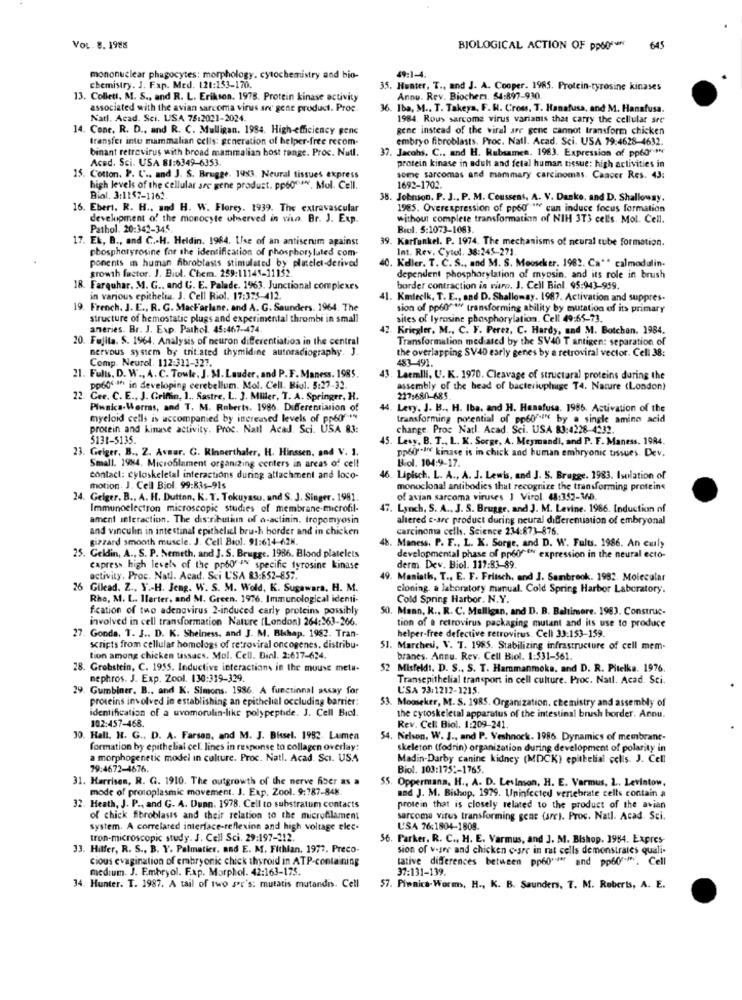
VOL. 8. 1988
BIOLOGICAL ACTION OF pp6064
645
mononuclear phagocytes: morphology. cytochemistry and bio-
49:1-4.
chemistry. J. Fap. Med. 121:153-170.
35. Hunter, T ., and J. A. Cooper. 1985. Protein-tyrosine kinases
13. Collett, M. S ., and R. L. Erikson. 1978. Protein kinase activity
Annu. Rev. Biochem. 54:897-930.
associated with the avian sarcoma virus arr gene product. Proc.
. Iba, M .. T. Takeya, F. H. Cross. T. Hanafusa, and M. Hanafusa.
Natl. Acad. Sci. USA 75:2021-2024.
1984. Rous sarcome virus variants that carry the cellular sre
14. Cone. R. D ., and R. C. Mulligan. 1984. High efficiency gene
gene instead of the viral are gene cannot transform chicken
transfer inte mammalian cells: generation of helper-free recom-
embryo fibroblasts. Proc. Natl. Acad. Sci. USA 79:4628-4632.
binant retrovirus with broad mammalian bost range. Proc. Nutl.
37. Jacohs. C ., and H. Rubsamen. 1963. Expression of pp60" **
Aced. Sci. USA 81:6349-6353.
protein kinase in adult and fetal human tissue: high activities in
15. Cotton. P. U .. and J. S. Brugge. 1983. Neural tissues express
some sarcomas and mammary carcinomas. Cancer Res. 43:
high levels of the cellular are gene product. pp60. Mol. Cell.
1692-1702.
Bial. 3:1157-1162.
38. Johnson, P. J ., P. M. Coussens. A. V. Danke, and D. Shalloway.
16. Ebert. R. H ., and H. W. Florey. 1939. The extravascular
1985. Overexpression of pp60"we can induce focus formation
development of the monocyte observed in vivo. Br. J. Exp.
without complete transformation of NIH 3T3 cell's. Mol. Cell.
Pathol. 20:342-345
Biol. 5:1073-1083.
17. Ek, B ., and C .. H. Heldin. 1984. Use of an antiserum against
39. Karfunkel. P. 1974. The mechanisms of neural tube formation.
Int. Rev. Cytol. 38:245-271
phosphoryrosine for the identification of phosphorylated com-
. Keler. T. C. S ., and M. S. Mooscker. 1982. Ca"" calmadalin-
ponents in human fibroblasts stimulated by platelet-derived
growth factor. J. Biol. Chem. 259:11145-11152.
dependent phosphorylation of myosin, and its role in brush
18. Farquhar. M. G ., and C. E. Palade. 1963. Junctional complexes
border contraction is riro. J. Cell Biol. 95:943-959.
in various epithelia. J. Cell Riol. 17:375-412.
41. Kmleelk, T. E ., and D. Shallomay. 1987. Activation and suppres.
19. French. J. E ., R. G. MacFarlane, and A. G. Saunders. 1964. The
sion of pp60"w transforming ability by mutation of its primary
structure of hemostatic plugs and experimental thrombi in small
sites of lyrosine phosphorylation. Cell 49:65-73.
aneries. Br. J. Exp. Pathol. 45:467-474
42. Kriegler, M ., C. F. Perez, C. Hardy, and M. Botchan. 1984.
20. Fujita. S. 1964. Analysis of neuron differentiation in the central
Transformation med ated by the SV40 T antigen: separation of
nervous system by tritiated thymidine autoradiography. J.
the overlapping SV40 early genes by a retroviral vector. Cell 38:
Comp. Neurol. 112:311-327.
483-491.
21. Fults. D. W ., A. C. Towle. J. M. Lauder, and P.F. Maness. 1985.
43. Laemlli. U. K. 1970. Cleavage of structural proteins during the
pp60'.If in developing cerebellum. Mol. Cell. Biol. 5:27-32.
assembly of the head of bacteriophage T4. Nature (London)
22. Cee. C. E ., J. Griffin, 1 .. Sastre, L. J. Miller, T. A. Springer, H.
227:680-685.
Piwnica-Worms, and T. M. Roberts. 1986. Differentiation of
44. Levy. J. B ., H. Iba, and H. Hanafusa. 1986. Activation of the
myeloid cells is accompanied by increased levels of pp60"
transforming potential of pp60""" by a single amino acid
protein and kinase activity. Proc. Natl Acad Sci. USA 83:
change. Proc Natl. Acad. Sci. USA 83:4228-4232.
5131-5135.
45. Lesy, B. T ., L. K. Sorge, A. Meymandi, and P. F. Maness. 1984.
23. Geiger, B ., 2. Avmar. G. Kinnerthaler, H. Hinssen, and V. 1.
pp6diff kinase is in chick and human embryonic tissues. Dev.
Biol. 104:9-17.
Small. 1984. Microblament organizing centers in areas of cell
contact: cyloskeletal interactions during attachment and loco-
. Lipisch. L. A ., A. J. Lewis, and J. S. Bragge. 1983. Isolation of
motion. J. Cell Biol. 99:835-91s
monoclonal antibodies that recognize the transforming proteins
24. Geiger. B ., A. H. Dutton, K. T. Tokuyasu, and S. J. Singer. 1981.
of avian sarcoma viruses 1 Virol. 48:352-360.
Immunoelectron microscopic studies of membrane microfil-
47. Lynch, S. A ., J. S. Brugge, and J. M. Levine. 1986. Induction of
ament interaction. The distribution of a-actinin. tropomyosin
altered e-are product during neural differentiation of embryonal
and vinculin in intestinal epithelil bruch border and in chicken
carcinoma cells. Science 234:873-876.
gizzard smooth muscle. J. Cell Biol. 91:614-62M.
48. Maness. P. F ., L. K. Sorge, and D. W. Fulus. 1986. An curly
25. Geldin, A ., S. P. Nemeth, and J. S. Brugge. 1986. Blood platelets
developmental phase of pp6goff expression in the neural ecto-
capress high levels of the pobo"-IN specific tyrosine kinase
derm. Dev. Biol. 117:83-89.
activity, Proc. Natl. Acad. Sci USA 83:652-857.
49. Maniath, T ., E. F. Fritsch, and J. Sambrook. 1982. Molecular
26 Gilead. Z ., Y .- H. Jeng. W. S. M. Wold, K. Sugawara. H. M.
cloning. a laboratory manual. Cold Spring Harbor Laboratory.
Rho, M. L. Ifarter, and M. Green. 1976. Immunological identi-
Cold Spring Harbor. N.Y.
fcation of two adenovirus 2-induced carly proteins possibly
50. Mann, K ., R. C. Mulligan, and D. B. Baltimore. 1983. Construc-
involved in cell transformation Nature (London) 264:263-266.
tion of a retrovirus packaging mutant and its use to produce
27. Gonda, T. J ., D. K. Sheiness, and J. M. Blchap. 1982. Tran-
helper-free defective retrovirus. Cell 33:153-159.
scripts from cellular homologs of retroviral oncogenes, distribu-
51. Marchesi, V. T. 1985. Stabilizing infrastructure of cell mem-
tion among chicken tissues. Mol. Cell. Diol. 2:617-624.
branes. Annu. Rev. Cell Biol. 1:531-561.
28. Grobstein, C. 1955. Inductive interactions in the mouse meta-
52
Misfeldt. D. S ., S. T. Harmanmoka, and D. R. Pitelka. 1976
nephros. J. Exp. Zool. 130:319-329.
Transepithelial transport in cell culture. Proc. Natl. Acad. Sci.
. Gumbiner. B ., and K. Simons. 1986. A functional assay for
L'SA 73:1212-1215.
proteins involved in establishing an epithelial occluding barrier:
53. Mooseker, M. S. 1985. Organization, chemistry and assembly of
identification of a uvomorulin-like polypeptide. J. Cell Biol.
the cytoskeletal apparatus of the intestinal brush border. Annu.
102:457-468.
Rev. Cel: Biol. 1:209-241.
30. Hall. H. G .. D. A. Farson, and M. J. Bissel. 1982. Lumen
54. Nelson, W. J ., and P. Veshnock. 1986. Dynamics of membrane-
formation by epithelial cel. lines in response to collagen overlay:
skeleton (fodrin) organization during development of polarity in
a morphogenetic model in culture. Proc. Natl. Acad. Sci. US.A
Madin-Darby canine kidney (MDCK) epithelial cells. J. Cell
79:4672-4676.
Biol. 103:175 :- 1765.
31. Harrisen, R. G. 1910. The outgrowth of the nerve fiber as a
$5. Oppermana. H ., A. D. Levinson, H. E. Varmus, L .. Levintow.
mode of protoplasmic movement. J. Exp. Zool. 9:787-848.
and J. M. Bishop, 1979. Uninfected vertebrate cells contain a
32. Heath, J. P ., and G. A. Dunn. 1978. Cell to substratum contacts
protein that is closely related to the product of the avian
of chick fibroblasts and their relation to the microfilament
sarcoma virus transforming gent (are). Proc. Natl. Acad Sci.
system. A correlated interface-reflexion and high voltage elec-
L'SA 76:1804-1808.
tron-microscopic study. J. Cell Sci. 29:197-212.
56. Parker, R. C ., H. E. Varmus, and J. M. Bishop. 1984. Expres-
33. Hilfer, R. S ., B. Y. Palmatier, and E. M. Flthian. 1977. Preco-
sion of viser and chicken -are in rat cells demonstrates quali.
cious evagination of embryonic chick thyroid in ATP-containing
tative differences between pp60"* and pp60"". Cell
medium. J. Embryol. F.xp. Morphol. 42:163-175.
37:131-139
34. Hunter. T. 1987. A tail of two sor's: mutatis mutandis. Cell
57. Piwnica-Worms, H ., K. B. Saunders, T. M. Roberts, A. E.